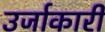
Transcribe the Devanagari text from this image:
उर्जाकारी